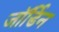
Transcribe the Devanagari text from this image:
जॉर्डिन